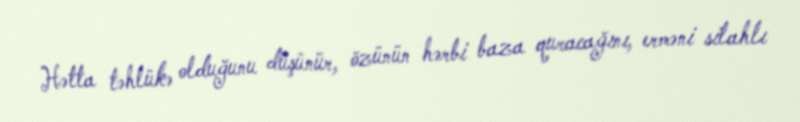
Hətta təhlükə olduğunu düşünür, özünün hərbi baza quracağını, erməni silahlı